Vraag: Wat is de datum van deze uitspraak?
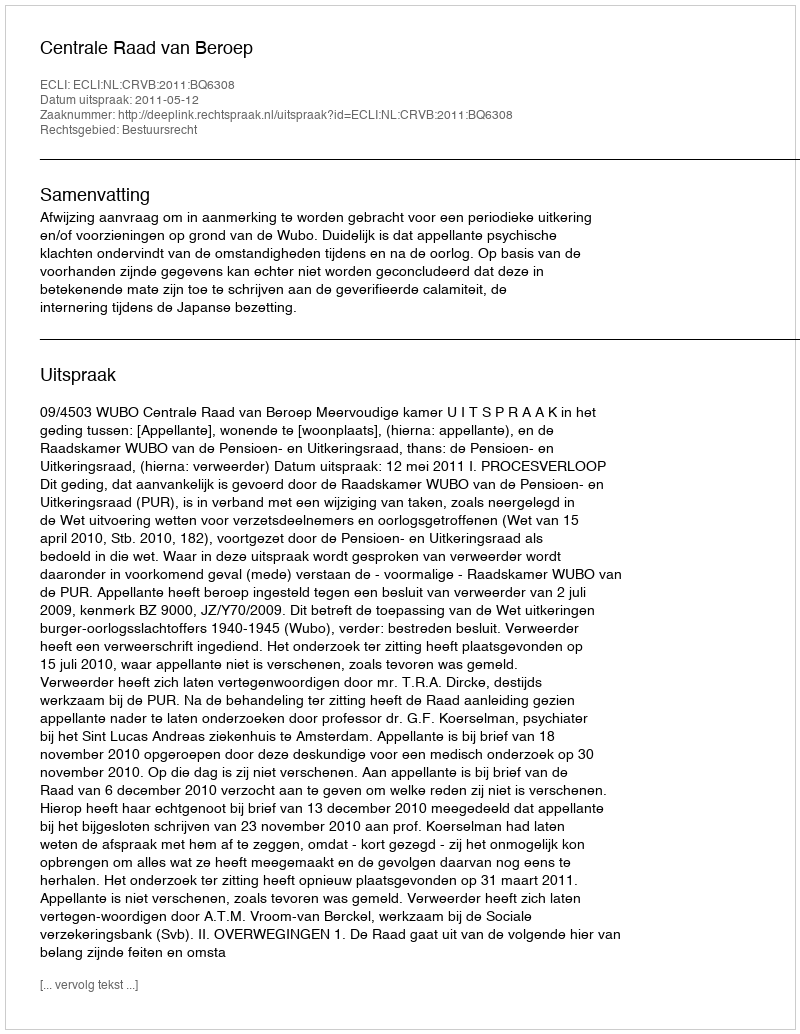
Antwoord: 2011-05-12